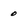
Character: o